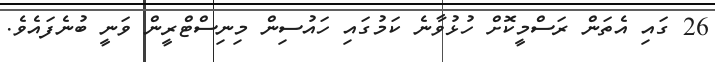
26 ގައި އެތަން ރަސްމީކޮށް ހުޅުވާނެ ކަމުގައި ހައުސިން މިނިސްޓްރީން ވަނީ ބުނެފައެވެ.